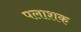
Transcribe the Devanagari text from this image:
पलाशक